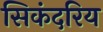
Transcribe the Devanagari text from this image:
सिकंदरिय